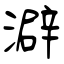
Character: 澼